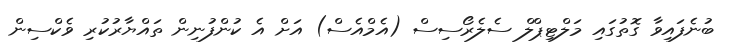
ބުނެފައިވާ ގޮތުގައި މަލްޓިޕްލް ސެލެރޯސިސް (އެމްއެސް) އަށް އެ ކުންފުނިން ތައްޔާރުކުރި ވެކްސިން